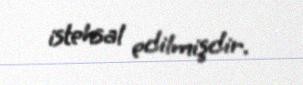
istehsal edilmişdir.